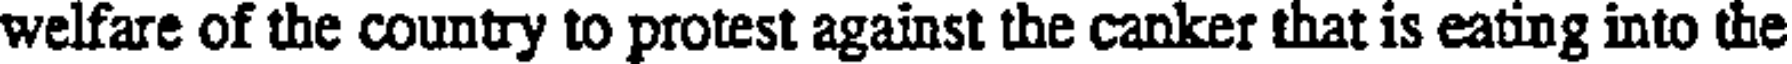
welfare of the country to protest against the canker that is eating into the